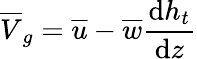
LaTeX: \overline{{V}}_{g}=\overline{{u}}-\overline{{w}}\frac{\textnormal{d}h_{t}}{\textnormal{d}z}